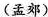
(孟郊)